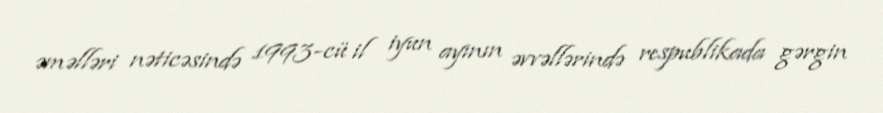
əməlləri nəticəsində 1993-cü il iyun ayının əvvəllərində respublikada gərgin